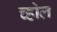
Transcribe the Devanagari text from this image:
च्होल